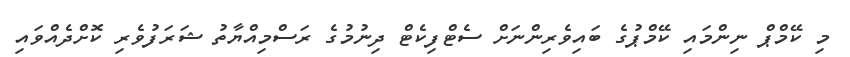
މި ކޭމްޕް ނިންމައި ކޭމްޕުގެ ބައިވެރިންނަށް ސެޓްފިކެޓް ދިނުމުގެ ރަސްމިއްޔާތު ޝަރަފުވެރި ކޮށްދެއްވައި